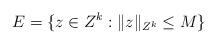
LaTeX: \begin{align*}E=\{z\in Z^k: \| z \|_{Z^k}\le M \}\end{align*}